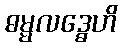
ဓမ္မလဒ္ဓေဟိ